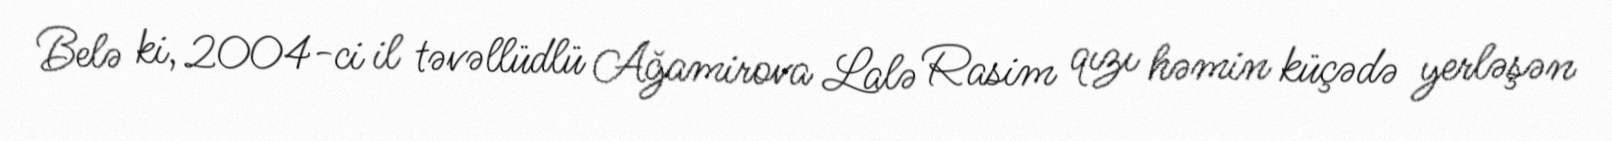
Belə ki, 2004-ci il təvəllüdlü Ağamirova Lalə Rasim qızı həmin küçədə yerləşən